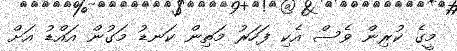
މީގެ ކުރިން ވެސް އެކި ފަހަރު މަތިން ކަނޑު މަގުން އައްޑު އަށް